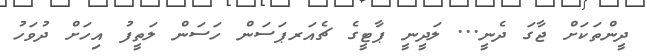
ދީންތަކަށް ޖާގަ ދެނީ... ލަދީނީ ޕާޓީގެ ޗެއަރޕަސަން ހަސަން ލަތީފު އިހަށް ދުވަހު